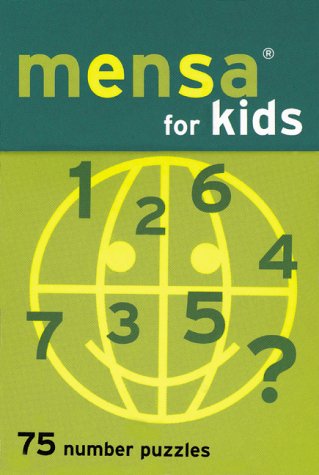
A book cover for Mensa for Kids: 75 Number Puzzles; Chronicle Books Staff; Teen & Young Adult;